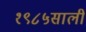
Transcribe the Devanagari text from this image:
१९८५साली